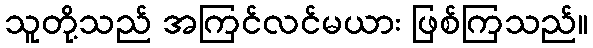
သူတို့သည် အကြင်လင်မယား ဖြစ်ကြသည်။